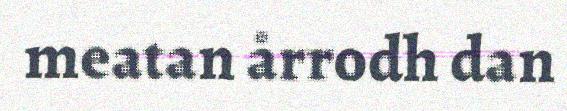
meatan årrodh dan